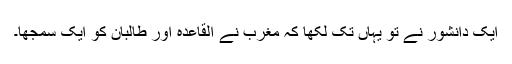
ایک دانشور نے تو یہاں تک لکھا کہ مغرب نے القاعدہ اور طالبان کو ایک سمجھا۔